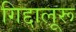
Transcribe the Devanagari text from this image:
गिद्दालूरू